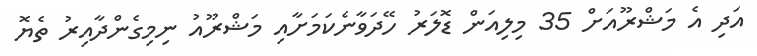
އަދި އެ މަޝްރޫއަށް 35 މިލިއަން ޑޮލަރު ހޭދަވާނެކަމަށާއި މަޝްރޫއު ނިމިގެންދާއިރު ތެޔޮ